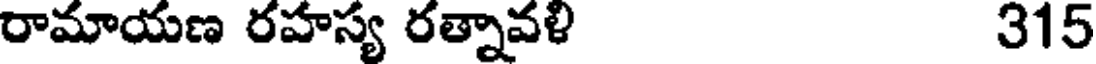
రామాయణ రహస్య రత్నావళి 315